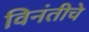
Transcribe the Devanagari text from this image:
विनंतीचे